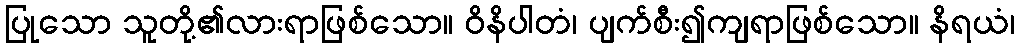
ပြုသော သူတို့၏လားရာဖြစ်သော။ ဝိနိပါတံ၊ ပျက်စီး၍ကျရာဖြစ်သော။ နိရယံ၊